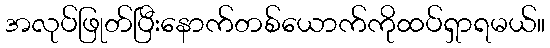
အလုပ်ဖြုတ်ပြီးနောက်တစ်ယောက်ကိုထပ်ရှာရမယ်။